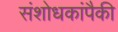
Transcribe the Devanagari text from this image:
संशोधकांपैकी